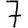
Digit: 7